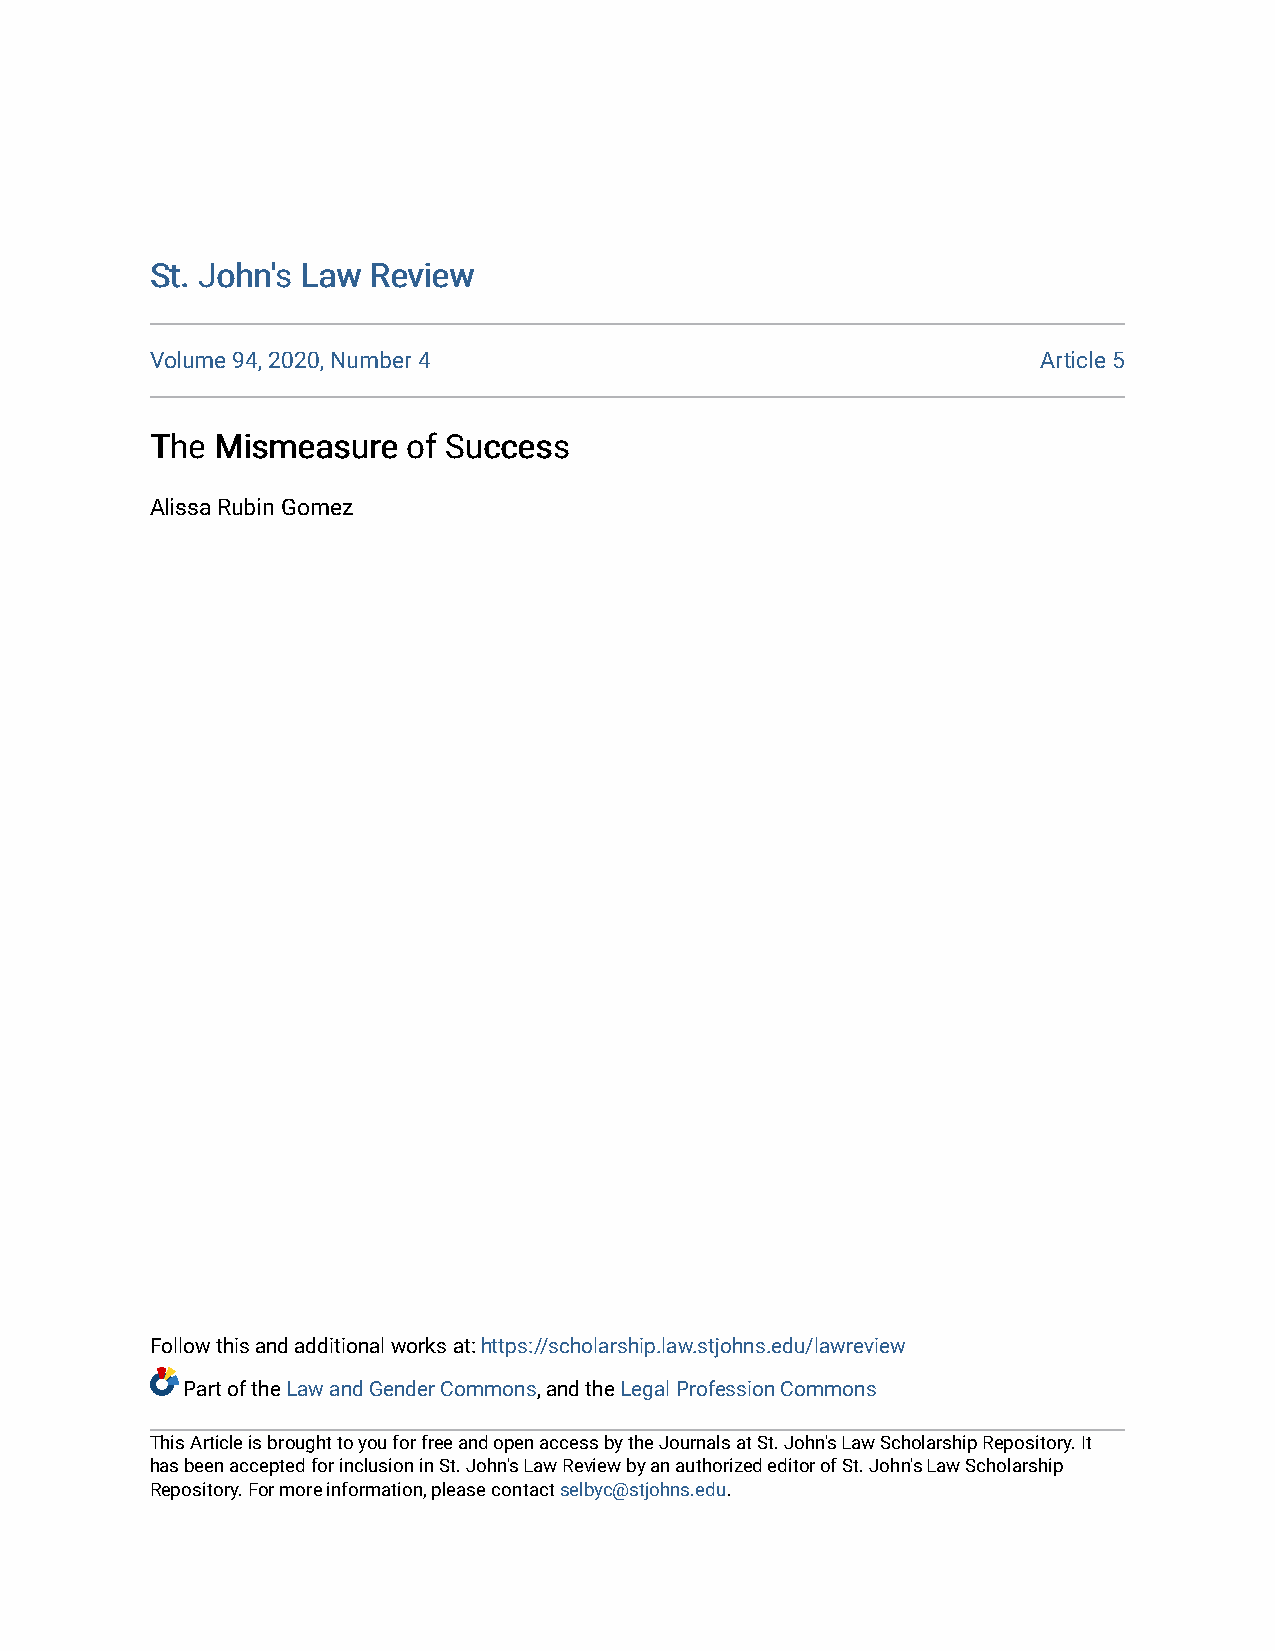
SStt.. JJoohhnn''ss LLaaww RReevviieeww
 Volume 94, 2020, Number 4                                  Article 5
 TThhee MMiissmmeeaassuurree ooff SSuucccceessss
 Alissa Rubin Gomez
 Follow this and additional works at: https://scholarship.law.stjohns.edu/lawreview
 Part of the Law and Gender Commons, and the Legal Profession Commons
 This Article is brought to you for free and open access by the Journals at St. John's Law Scholarship Repository. It
 has been accepted for inclusion in St. John's Law Review by an authorized editor of St. John's Law Scholarship
 Repository. For more information, please contact selbyc@stjohns.edu.